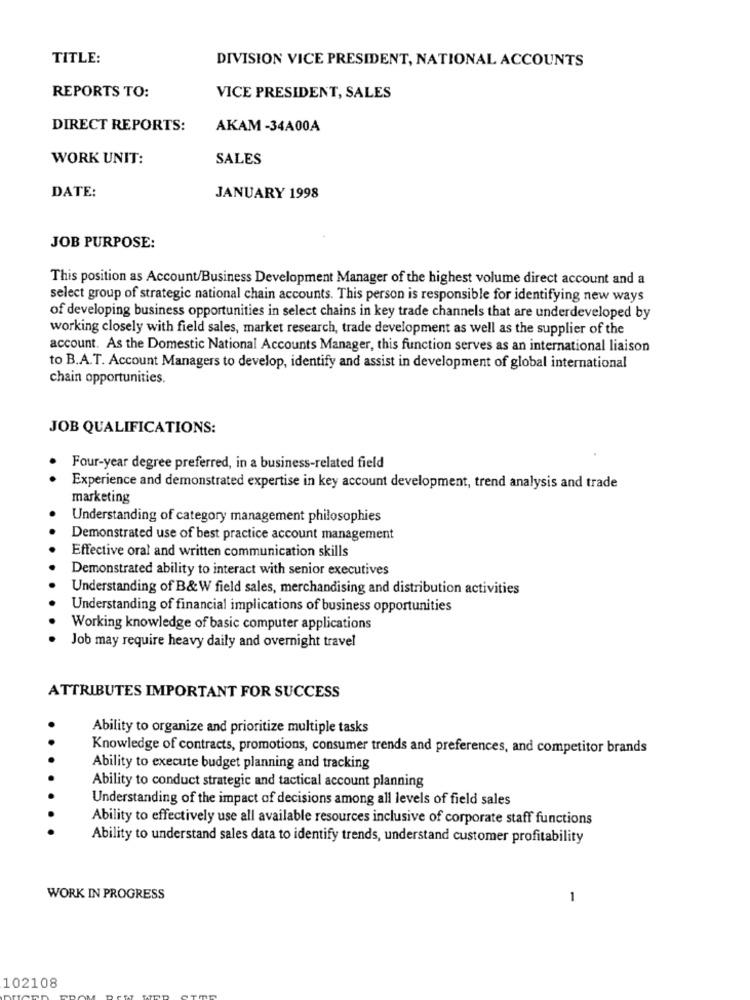
TITLE:
DIVISION VICE PRESIDENT, NATIONAL ACCOUNTS
REPORTS TO:
VICE PRESIDENT, SALES
DIRECT REPORTS:
AKAM -34A00A
WORK UNIT:
SALES
DATE:
JANUARY 1998
JOB PURPOSE:
This position as Account/Business Development Manager of the highest volume direct account and a
select group of strategic national chain accounts. This person is responsible for identifying new ways
of developing business opportunities in select chains in key trade channels that are underdeveloped by
working closely with field sales, market research, trade development as well as the supplier of the
account. As the Domestic National Accounts Manager, this function serves as an international liaison
to B.A.T. Account Managers to develop, identify and assist in development of global international
chain opportunities.
JOB QUALIFICATIONS:
Four-year degree preferred, in a business-related field
Experience and demonstrated expertise in key account development, trend analysis and trade
marketing
Understanding of category management philosophies
Demonstrated use of best practice account management
Effective oral and written communication skills
Demonstrated ability to interact with senior executives
Understanding of B&W field sales, merchandising and distribution activities
Understanding of financial implications of business opportunities
Working knowledge of basic computer applications
Job may require heavy daily and overnight travel
ATTRIBUTES IMPORTANT FOR SUCCESS
Ability to organize and prioritize multiple tasks
Knowledge of contracts, promotions, consumer trends and preferences, and competitor brands
Ability to execute budget planning and tracking
Ability to conduct strategic and tactical account planning
Understanding of the impact of decisions among all levels of field sales
Ability to effectively use all available resources inclusive of corporate staff functions
Ability to understand sales data to identify trends, understand customer profitability
WORK IN PROGRESS
1
102108